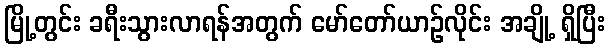
မြို့တွင်း ခရီးသွားလာရန်အတွက် မော်တော်ယာဉ်လိုင်း အချို့ ရှိပြီး